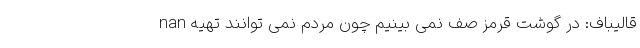
nan قالیباف: در گوشت قرمز صف نمی ‌بینیم چون مردم نمی‌ توانند تهیه